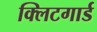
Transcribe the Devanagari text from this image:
क्लिटगार्ड